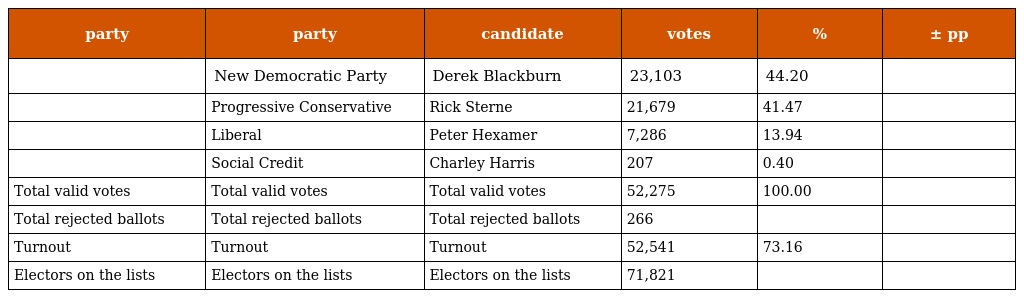
| party | party | candidate | votes | % | ± pp |
 | --- | --- | --- | --- | --- | --- |
 |  | New Democratic Party | Derek Blackburn | 23,103 | 44.20 |  |
 |  | Progressive Conservative | Rick Sterne | 21,679 | 41.47 |  |
 |  | Liberal | Peter Hexamer | 7,286 | 13.94 |  |
 |  | Social Credit | Charley Harris | 207 | 0.40 |  |
 | Total valid votes | Total valid votes | Total valid votes | 52,275 | 100.00 |  |
 | Total rejected ballots | Total rejected ballots | Total rejected ballots | 266 |  |  |
 | Turnout | Turnout | Turnout | 52,541 | 73.16 |  |
 | Electors on the lists | Electors on the lists | Electors on the lists | 71,821 |  |  |